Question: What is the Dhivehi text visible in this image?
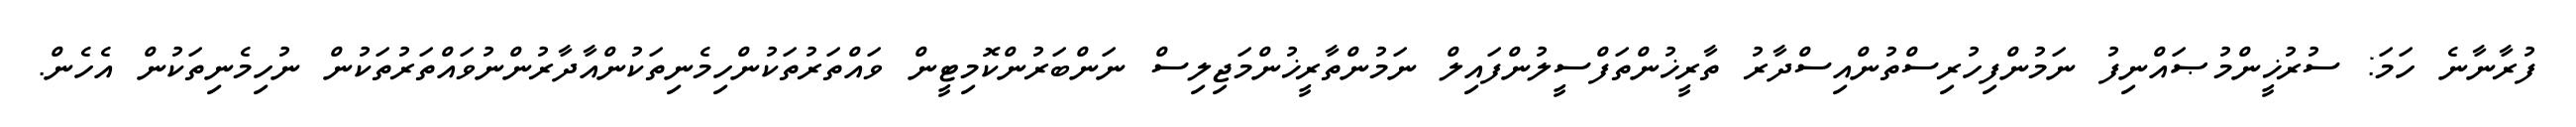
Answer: ފުރާނާނެ ހަމަ: ސުރުޚީންމުޞައްނިފު ނަމުންފިހުރިސްތުންއިސްދާރު ތާރީޚުންތަފްސީލުންފައިލް ނަމުންތާރީޚުންމަޖިލިސް ނަންބަރުންކޮމިޓީން ވައްތަރުތަކުންހިމެނިތަކުންއާދާރުންނުވައްތަރުތަކުން ނުހިމެނިތަކުން އެހެން.